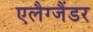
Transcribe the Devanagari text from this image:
एलैग्जैंडर